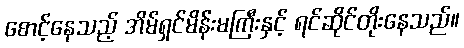
စောင့်နေသည့် အိမ်ရှင်မိန်းမကြီးနှင့် ရင်ဆိုင်တိုးနေသည်။